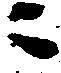
ニ